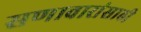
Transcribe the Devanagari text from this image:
सणावारांसाठी